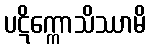
ပဋိက္ကောသိဿာမိ